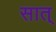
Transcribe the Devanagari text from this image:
सात्